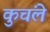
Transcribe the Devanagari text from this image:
कुचंले